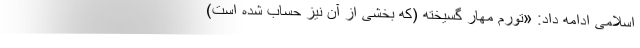
اسلامی ادامه داد: «تورم مهار گسیخته (که بخشی از آن نیز حساب شده است)